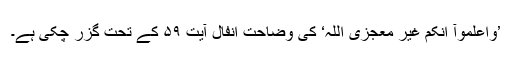
’وَّاعْلَمُوْآ اَنَّکُمْ غَیْرُ مُعْجِزِی اللّٰہِ‘ کی وضاحت انفال آیت ۵۹ کے تحت گزر چکی ہے۔